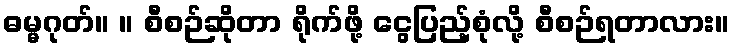
ဓမ္မဂုတ်။ ။ စီစဉ်ဆိုတာ ရိုက်ဖို့ ငွေပြည့်စုံလို့ စီစဉ်ရတာလား။